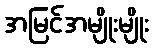
အမြင်အမျိုးမျိုး